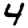
Digit: 4